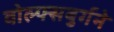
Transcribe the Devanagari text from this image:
वोल्फ्सबुर्गने